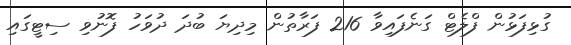
ގުޅިފަޅުން ފްލެޓް ގަނެފައިވާ 216 ފަރާތުން މިދިޔަ ބުދަ ދުވަހު ފޮނުވި ސިޓީގައި